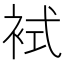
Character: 𧙢